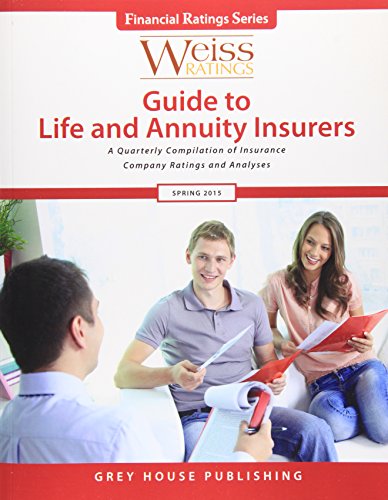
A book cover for Weiss Ratings' Guide to Life & Annuity Insurers, Spring 2015: A Quarterly Compilation of Insurance Company Ratings and Analyses; Business & Money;